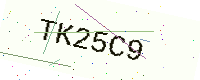
Text: TK25C9